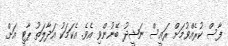
ފާސް ކުރެއްވުމަށް ރައީސް ނަޝީދު ބޭނުންވި އެވެ. އެކަމަކު އަދާލަތު ޕާޓީ އަށް